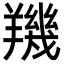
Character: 𦏑